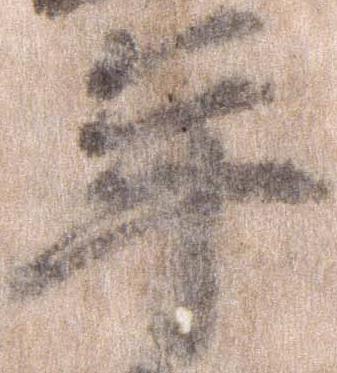
年